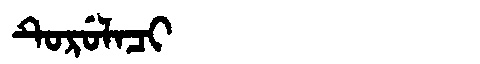
Manchu: ᡨᡠᡵᡠᠯᠠᠴᡳ
Romanization: TURULACI